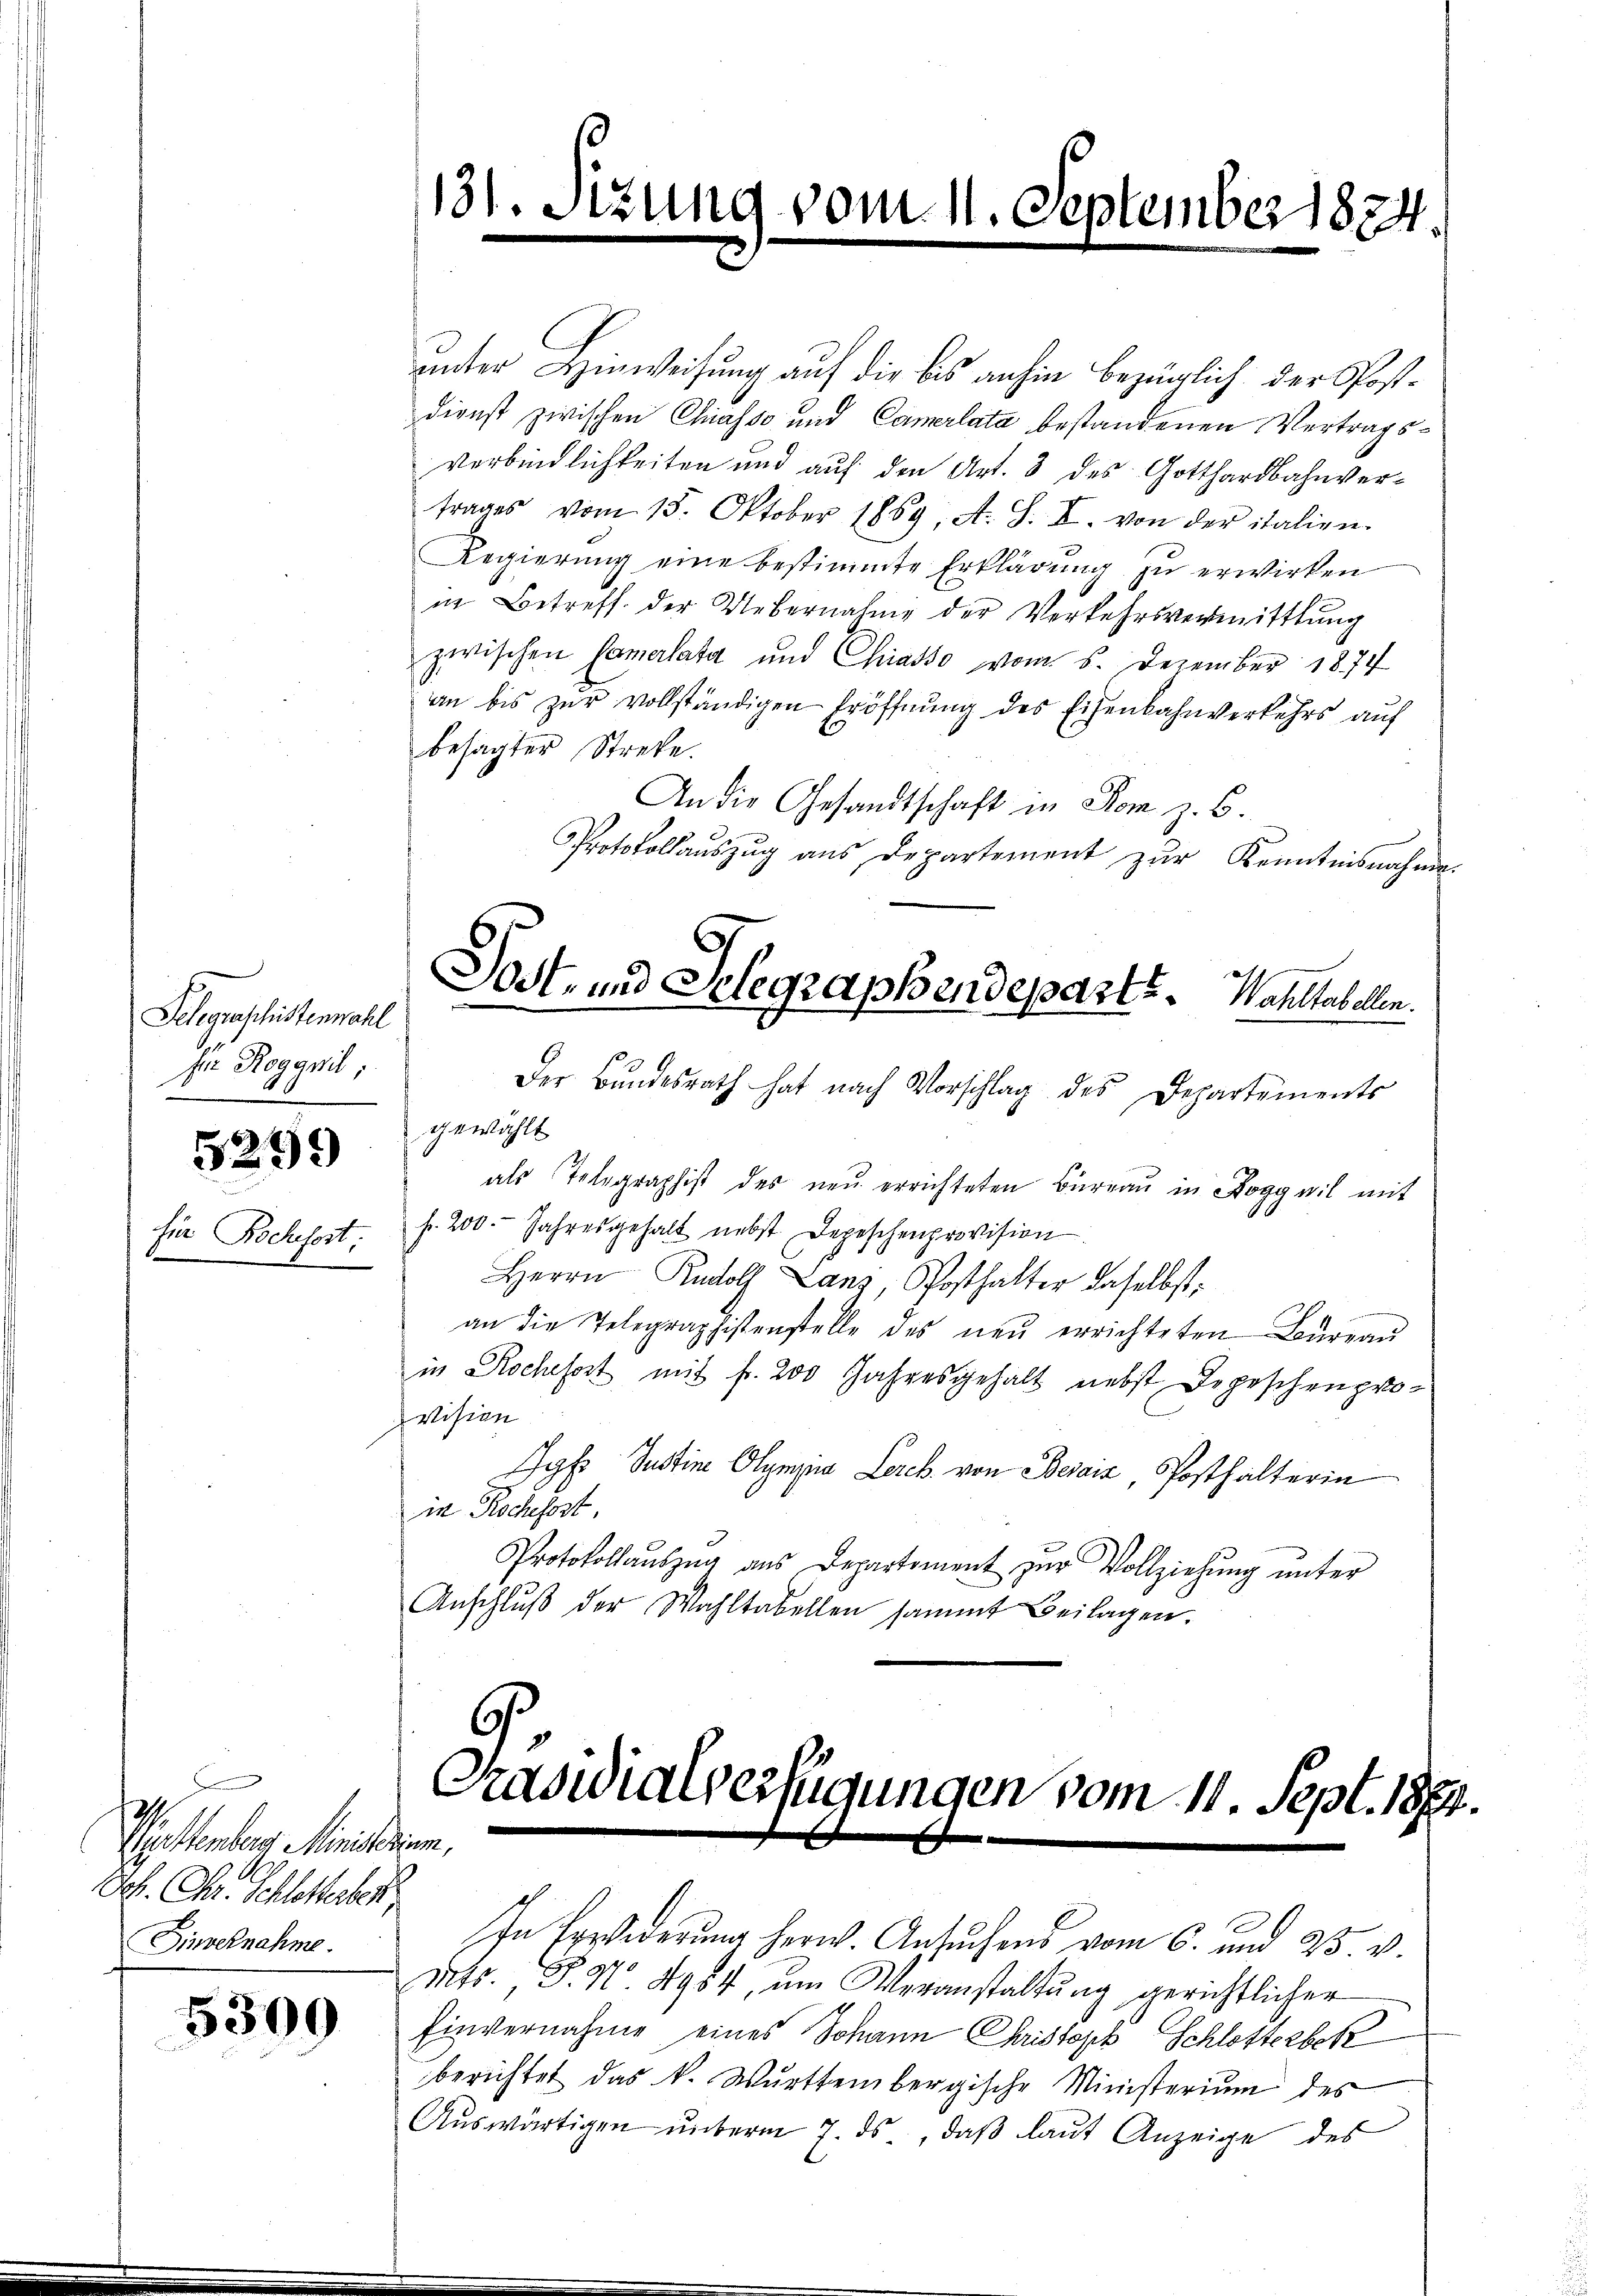
Gelegraschittenmahl
für Roggnil;

5299

für Rochefort:

Postenberg, Ministerien,
Joh. Chr. Schlotterber
Ginvernahme.

5300

Der Bŭndesrath hat nach Vorschlag des Departements
gewählt
als Telegraphist des neŭ errichteten Büreaŭ in Roggwil mit
fr. 200. Jahresgehalt nebst Depeschenprovision.
Herrn Rudolf Lanz, Posthalter daselbst:
an die Telegraphistenstelle des neŭ errichteten Bureau
in Rochesost mit fr. 200 Jahresgehalt nebst Depeschenpro-
vision
Jyf Justine Olympno Lercb. von Besatz, Posthalterin
in Rochefort,
Protokollaŭszŭg aŭs Departement zŭr Vollziehŭng ŭnter
Anschlŭβ der Wahltabellen sammt Beilagen.

131. Sizung vom 11. September 1874.

unter Hinweisung auf die bis anhin bezüglich der Postdienst zwischen Chiasso und Camerlata bestandenen Vertrags¬
Verbindlichkeiten und auf den Art. 3 des Gotthardbahnvertrages vom 15. Oktober 1869, A. S. I. von der italien
Regierŭng eine bestimmte Erklärŭng zu erwirken
in Betreff der Uebernahme der Verkehrsvermittlung
zwischen Camerlata und Chiasso vom 5. Dezember 1874
an bis zur vollständigen Eröffnung des Eisenbahnverkehrs auf
besagter Streke.
An die Gesandtschaft in Rom z. B.
Protokollaŭszŭg ans Departement zŭr Kenntnisnahme

Post- und Selegraphendeparte. Wahltabellen.

Präsidialverfügungen vom 11. Sept. 1927.

In Erwiderung herw. Ansuchens vom 6. und 25. v.
Mts. P. Nr. 4984, um Veranstaltung gerichtlicher
Einvernahme eines Johann Christoph Schlotterbek
berichtet das k. Württembergische Ministerium des
Aŭswärtigen unterm 7. ds, daβ laŭt Anzeige des